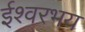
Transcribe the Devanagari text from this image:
ईश्वरभय